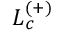
L _ { c } ^ { ( + ) }